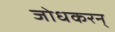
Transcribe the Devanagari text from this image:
जोधकरन्